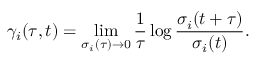
\gamma _ { i } ( \tau , t ) = \operatorname* { l i m } _ { \sigma _ { i } ( \tau ) \rightarrow 0 } \frac { 1 } { \tau } \log \frac { \sigma _ { i } ( t + \tau ) } { \sigma _ { i } ( t ) } .